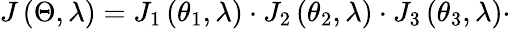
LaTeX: J\left(\Theta,\lambda\right)=J_{1}\left(\theta_{1},\lambda\right)\cdot J_{2}\left(\theta_{2},\lambda\right)\cdot J_{3}\left(\theta_{3},\lambda\right)\cdot